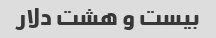
بیست و هشت دلار